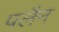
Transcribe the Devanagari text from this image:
पलैन